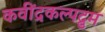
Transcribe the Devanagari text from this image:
कवींद्रकल्पद्रुम